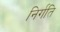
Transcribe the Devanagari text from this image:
निर्गति